Report on the working of the mental hospitals for Indians in Bihar and Orissa - 1925-1929
Year: 1925
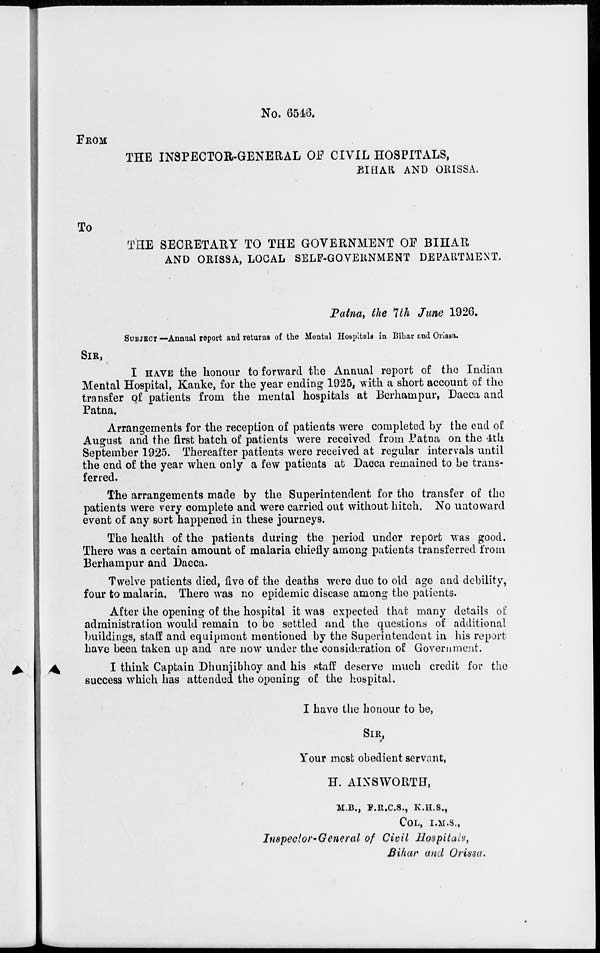
No. 6546.
FROM
THE INSPECTOR-GENERAL OF CIVIL HOSPITALS,
BIHAR AND ORISSA.
To
THE SECRETARY TO THE GOVERNMENT OF BIHAR
AND ORISSA, LOCAL SELF-GOVERNMENT DEPARTMENT.
Patna, the 7th June 1926.
SUBJECT —Annual report and returns of the Mental Hospitals in Bihar and Orissa.
SIR,
I HAVE the honour to forward the Annual report of the Indian
Mental Hospital, Kanke, for the year ending 1925, with a short account of the
transfer of patients from the mental hospitals at Berhampur, Dacca and
Patna.
Arrangements for the reception of patients were completed by the end of
August and the first batch of patients were received from Patna on the 4th
September 1925. Thereafter patients were received at regular intervals until
the end of the year when only a few patients at Dacca remained to be trans-
ferred.
The arrangements made by the Superintendent for the transfer of the
patients were very complete and were carried out without hitch. No untoward
event of any sort happened in these journeys.
The health of the patients during the period under report was good.
There was a certain amount of malaria chiefly among patients transferred from
Berhampur and Dacca.
Twelve patients died, five of the deaths were due to old age and debility,
four to malaria. There was no epidemic disease among the patients.
After the opening of the hospital it was expected that many details of
administration would remain to be settled and the questions of additional
buildings, staff and equipment mentioned by the Superintendent in his report
have been taken up and are now under the consideration of Government.
I think Captain Dhunjibhoy and his staff deserve much credit for the
success which has attended the opening of the hospital.
I have the honour to be,
SIR,
Your most obedient servant,
H. AINSWORTH,
M.B., F.R.C.S., K.H.S.,
COL, I.M.S.,
Inspector-General of Civil Hospitals,
Bihar and Orissa.